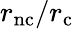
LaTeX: r_{\mathrm{nc}}/r_{\mathrm{c}}